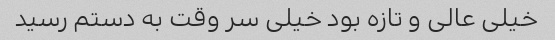
خیلی عالی و تازه بود خیلی سر وقت به دستم رسید